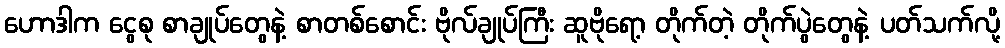
ဟောဒါက ငွေစု စာချုပ်တွေနဲ့ စာတစ်စောင်း ဗိုလ်ချုပ်ကြီး ဆူဗိုရော့ တိုက်တဲ့ တိုက်ပွဲတွေနဲ့ ပတ်သက်လို့